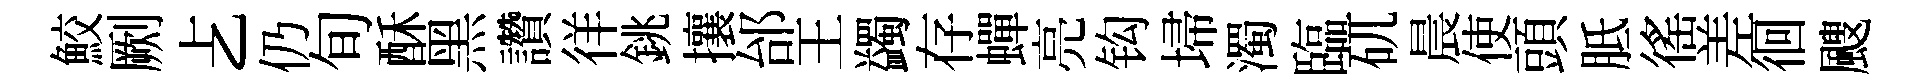
鮫劂𠧒仍旬酥黑讚徉銚攘邰王蠲存蟬亮钩埽濁臨矹晨使頭胝徭差徊颼